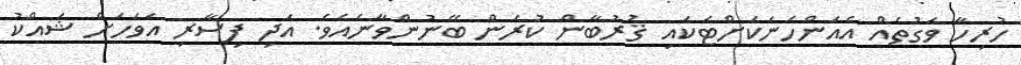
ހުރިހާ ވަގުތެއް އެއަންހެނަކަށްޓަކައި ޤުރުބާން ކުރަން ބޭނުންވާނެއެވެ. އަދި ފިސާރި އަވަހަށް ޝައްކު